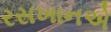
રસખાનએ